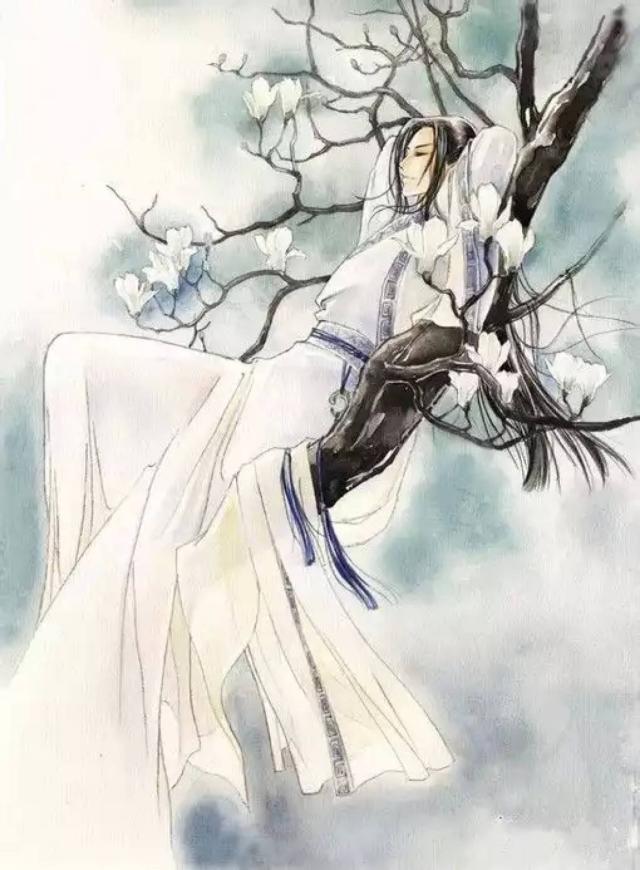
远与君别者，乃至雁门关。